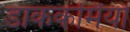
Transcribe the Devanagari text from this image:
डाककर्मियों